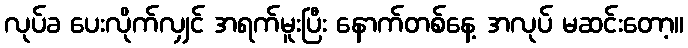
လုပ်ခ ပေးလိုက်လျှင် အရက်မူးပြီး နောက်တစ်နေ့ အလုပ် မဆင်းတော့။